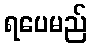
ရပေမည်